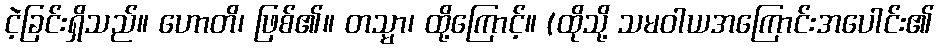
ငဲ့ခြင်းရှိသည်။ ဟောတိ၊ ဖြစ်၏။ တသ္မာ၊ ထို့ကြောင့်။ (ထိုသို့ သမဝါယအကြောင်းအပေါင်း၏